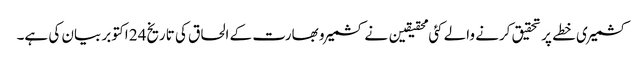
کشمیری خطے پر تحقیق کرنے والے کئی محقیقین نے کشمیر و بھارت کے الحاق کی تاریخ24 اکتوبر بیان کی ہے۔